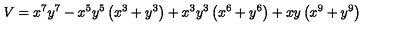
V = { x ^ { 7 } } { y ^ { 7 } } - { x ^ { 5 } } { y ^ { 5 } } \left( { x ^ { 3 } } + { y ^ { 3 } } \right) + { x ^ { 3 } } { y ^ { 3 } } \left( { x ^ { 6 } } + { y ^ { 6 } } \right) + x y \left( { x ^ { 9 } } + { y ^ { 9 } } \right) \,